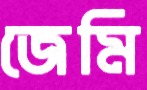
জেমি